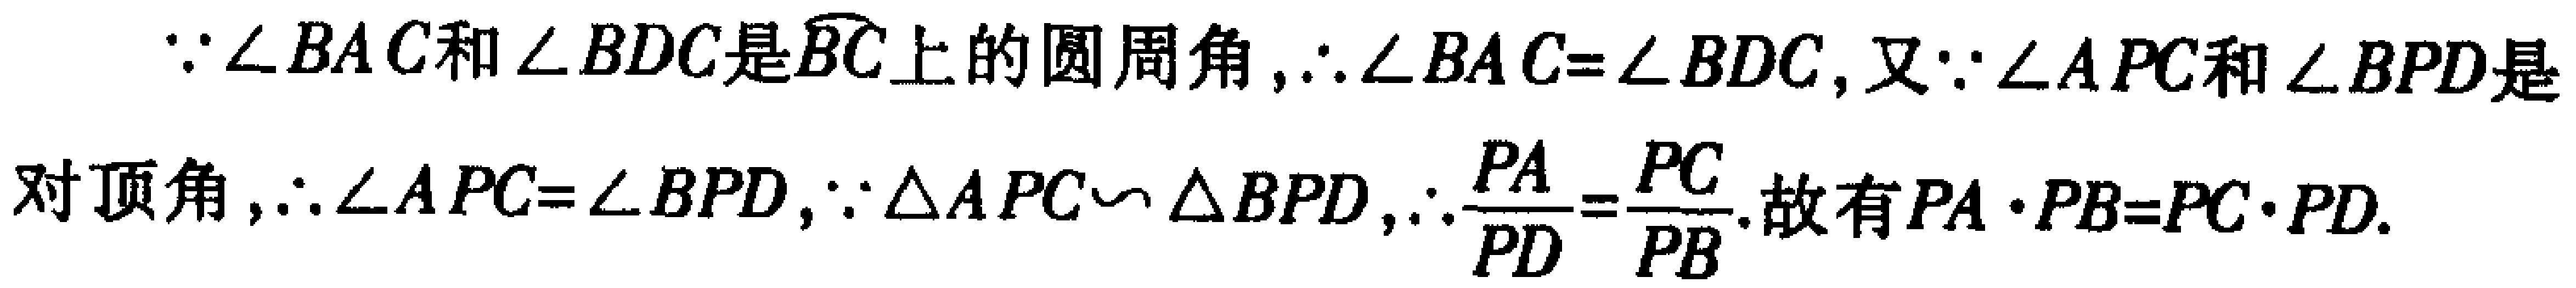
\(\because\angle BAC\)和\(\angle BDC\)是\(\overset{\frown}{BC}\)上的圆周角，\(\therefore\angle BAC = \angle BDC\)，又\(\because\angle APC\)和\(\angle BPD\)是对顶角，\(\therefore\angle APC=\angle BPD\)，\(\because\triangle APC\sim\triangle BPD\)，\(\therefore\frac{PA}{PD}=\frac{PC}{PB}\). 故有\(PA\cdot PB = PC\cdot PD\).